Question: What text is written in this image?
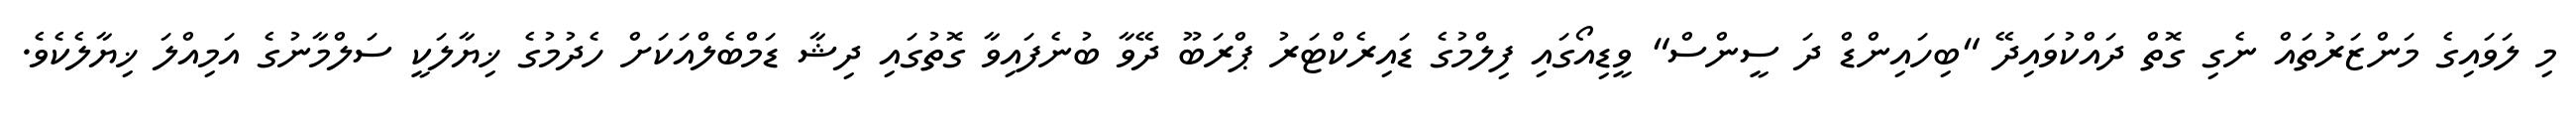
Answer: މި ލަވައިގެ މަންޒަރުތައް ނެގި ގޮތް ދައްކުވައިދޭ "ބިހައިންޑް ދަ ސީންސް" ވީޑިއޯގައި ފިލްމުގެ ޑައިރެކްޓަރު ޕްރަބޫ ދޭވާ ބުނެފައިވާ ގޮތުގައި ދިޝާ ޑަމްބެލްއަކަށް ހެދުމުގެ ޚިޔާލަކީ ސަލްމާނުގެ އަމިއްލަ ޚިޔާލެކެވެ.